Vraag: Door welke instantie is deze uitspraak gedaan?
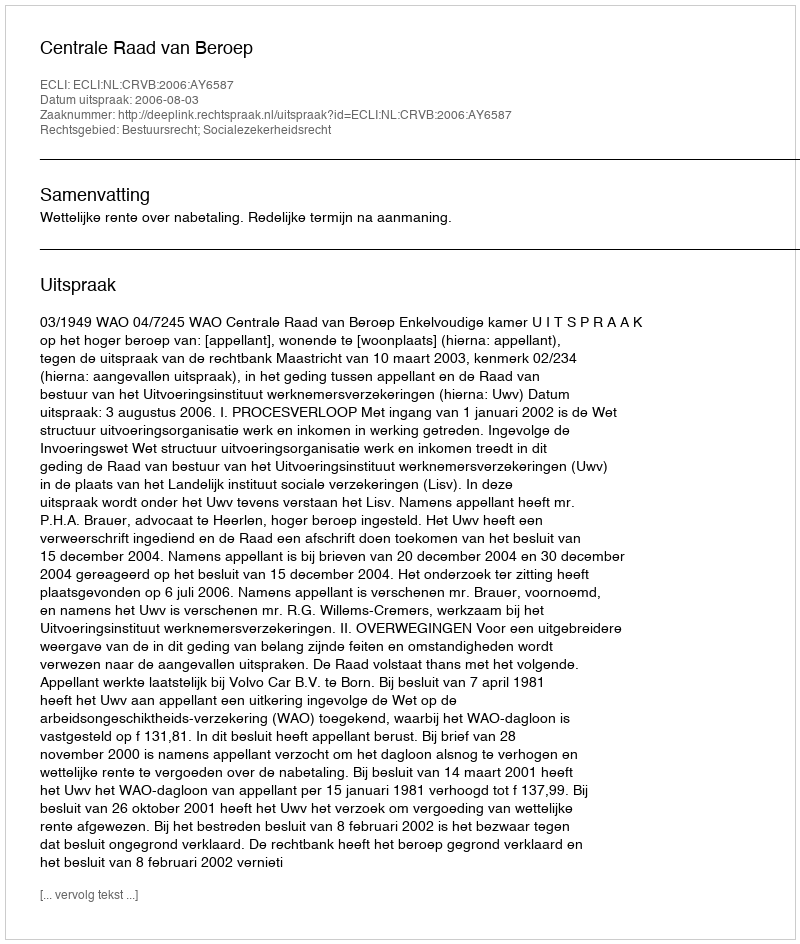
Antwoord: Centrale Raad van Beroep